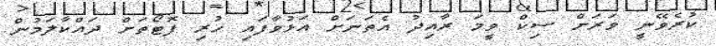
ކުރެވޭނީ ވަރަށް ސިކް ވީމަ ރާއިދު އެތަނަށް އަޅުވާފައި ހުރި ފޮޓޯތަށް ދައްކާލަމުން